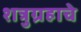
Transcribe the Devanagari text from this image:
शत्रुग्रहाचे